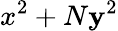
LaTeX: x^{2}+N\mathbf{y}^{2}